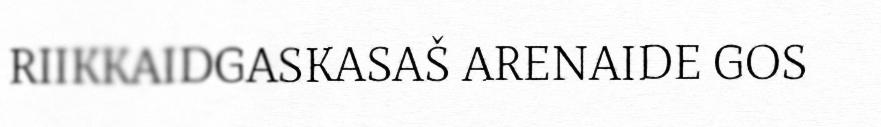
RIIKKAIDGASKASAŠ ARENAIDE GOS